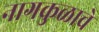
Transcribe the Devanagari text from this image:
नागकुळाचे